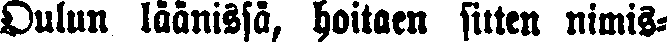
Oulun läänissä, hoitaen sitten nimis-